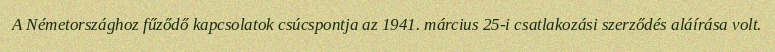
A Németországhoz fűződő kapcsolatok csúcspontja az 1941. március 25-i csatlakozási szerződés aláírása volt.